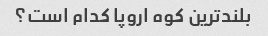
بلندترین کوه اروپا کدام است؟